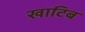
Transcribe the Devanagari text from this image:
खाटिब